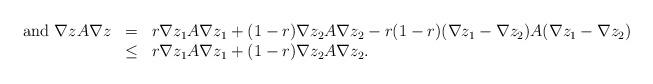
LaTeX: \begin{align*} \begin{array}{rcl} \hbox{and } \nabla z A \nabla z &=& r \nabla z_{1} A \nabla z_{1} + (1-r) \nabla z_{2} A \nabla z_{2} -r(1-r)(\nabla z_{1} - \nabla z_{2})A(\nabla z_{1} - \nabla z_{2})\\&\leq& r \nabla z_{1} A \nabla z_{1} + (1-r) \nabla z_{2} A \nabla z_{2}. \\\end{array} \end{align*}